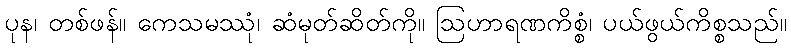
ပုန၊ တစ်ဖန်။ ကေသမဿုံ၊ ဆံမုတ်ဆိတ်ကို။ ဩဟာရဏကိစ္စံ၊ ပယ်ဖွယ်ကိစ္စသည်။